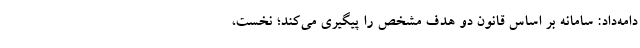
دامه‌داد: سامانه بر اساس قانون دو هدف مشخص را پیگیری می‌کند؛ نخست،